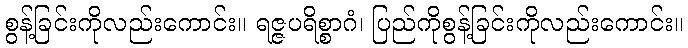
စွန့်ခြင်းကိုလည်းကောင်း။ ရဇ္ဇပရိစ္စာဂံ၊ ပြည်ကိုစွန့်ခြင်းကိုလည်းကောင်း။